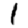
Digit: 1